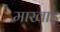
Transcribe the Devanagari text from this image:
माखाड़